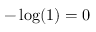
- \log ( 1 ) = 0